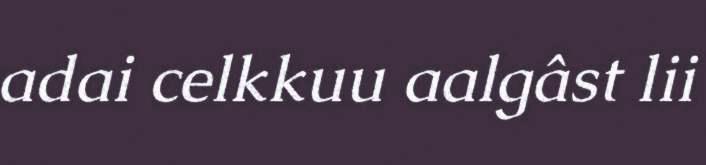
adai celkkuu aalgâst lii